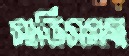
সার্ভিসসহ